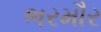
ભરમૌર